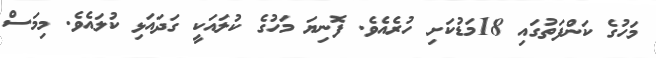
މަހުގެ ކަންފަތުގައި 18މަޑުކަށި ހުރެއެވެ. ފޮނިޔަ މަހުގެ ކުލައަކީ ގަދައަޅި ކުލައެވެ. މިމަސް